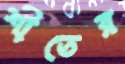
শীতের